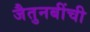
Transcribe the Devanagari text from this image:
जैतुनबींची